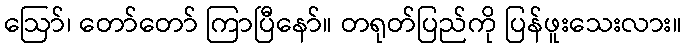
ဩော်၊ တော်တော် ကြာပြီနော်။ တရုတ်ပြည်ကို ပြန်ဖူးသေးလား။